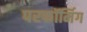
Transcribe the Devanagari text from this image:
परफॉर्मिग